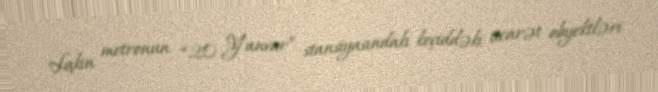
Lakin metronun “20 Yanvar” stansiyasındakı keçiddəki ticarət obyektləri